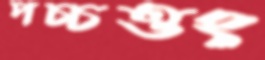
পচ্চত্তং